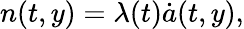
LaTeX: n(t,y)=\lambda(t)\dot{a}(t,y),